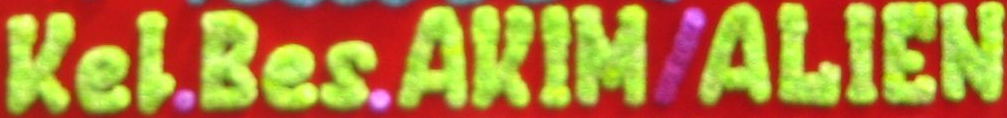
Kel.Bes.AKIM/ALIEN